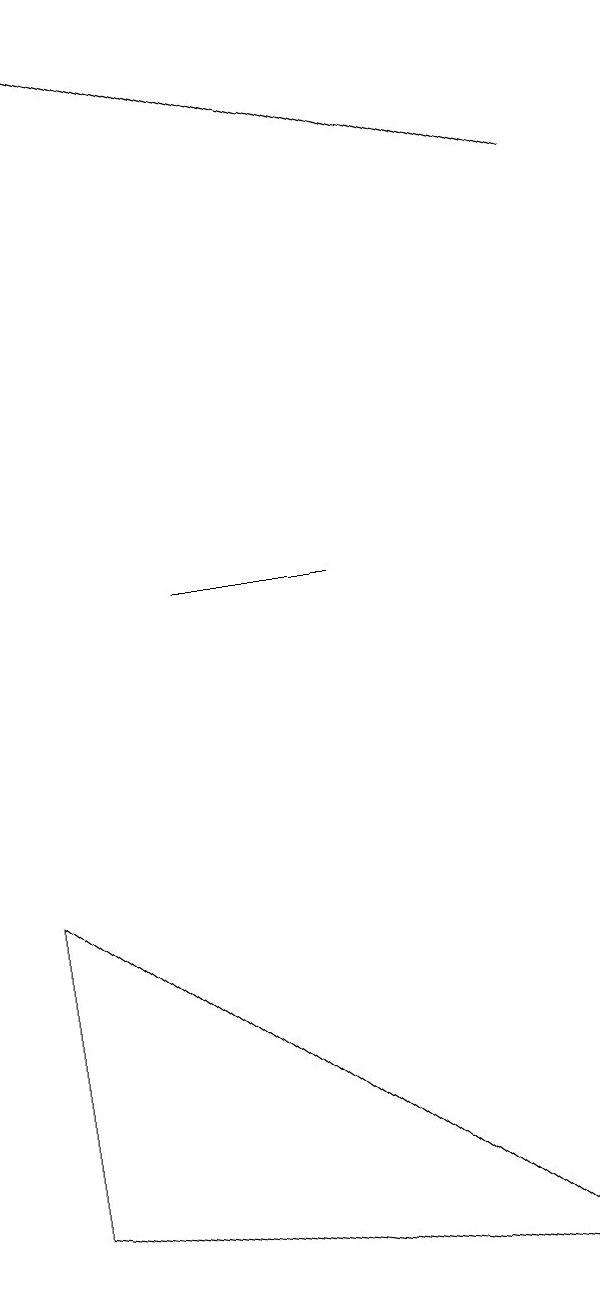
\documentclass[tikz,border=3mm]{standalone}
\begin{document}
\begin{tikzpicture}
\draw[->] (9,15) -- (2,17);
\draw (9,1) -- (2,2) -- (2,6) -- cycle;
\draw (4,10) rectangle (6,10);
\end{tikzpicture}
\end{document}